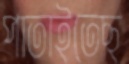
পাতাইতেছ